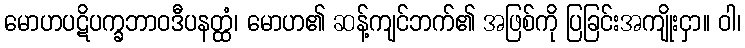
မောဟပဋိပက္ခဘာဝဒီပနတ္ထံ၊ မောဟ၏ ဆန့်ကျင်ဘက်၏ အဖြစ်ကို ပြခြင်းအကျိုးငှာ။ ဝါ၊